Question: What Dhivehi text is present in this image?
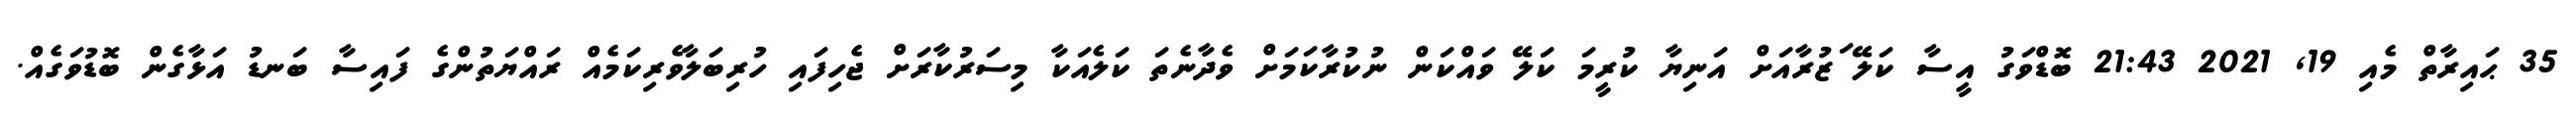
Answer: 35 ޙައިރާތް މެއި 19, 2021 21:43 ބޮޑްވަގު އީސާ ކަލޭ ަޒުރާއަށް އަނިޔާ ކުރީމަ ކަލޭ ވައްކަން ނުކުރާކަމަށް ވެދާނެތަ ކަލެއަކާ މިސަރުކާރަށް ޖެހިފައި ހުރިބަލާވެރިކަމެއް ރައްޔަތުންގެ ފައިސާ ބަނޑު އަޅާގެން ބޮޑުވަގެއް.